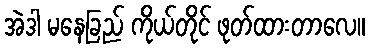
အဲဒါ မနေခြည် ကိုယ်တိုင် ဖုတ်ထားတာလေ။